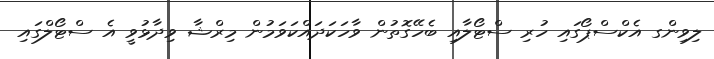
ލިވިންގ އެކްސްޕޯގައި ހުރި ސްޓޯލާއި ބެހޭގޮތުން ވާހަކަދައްކަވަމުން މިރްޝާ ވިދާޅުވީ އެ ސްޓޯލްގައި